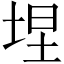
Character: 㘿